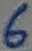
Text: 6